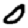
Digit: 0